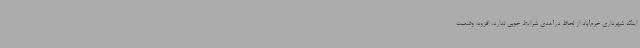
اینکه شهرداری خرم‌آباد از لحاظ درآمدی شرایط خوبی ندارد، افزود: وضعیت